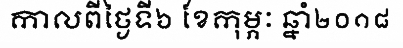
កាលពីថ្ងៃទី៦ ខែកុម្ភៈ ឆ្នាំ២០១៨